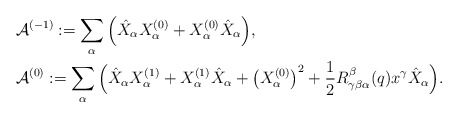
\begin{align*}&\mathcal{A}^{(-1)}:=\sum_{\alpha} \Big(\hat{X}_\alpha X_\alpha^{(0)}+X_\alpha^{(0)}\hat{X}_\alpha\Big),\\&\mathcal{A}^{(0)}:=\sum_{\alpha} \Big(\hat{X}_\alpha X_\alpha^{(1)}+X_\alpha^{(1)}\hat{X}_\alpha+\left(X_\alpha^{(0)}\right)^2+\frac{1}{2}R_{\gamma\beta\alpha}^{\beta}(q)x^\gamma \hat{X}_\alpha\Big).\end{align*}